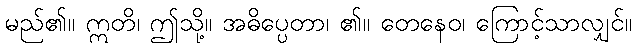
မည်၏။ ဣတိ၊ ဤသို့။ အဓိပ္ပေတာ၊ ၏။ တေနေဝ၊ ကြောင့်သာလျှင်။